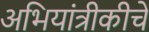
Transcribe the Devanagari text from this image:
अभियांत्रीकीचे